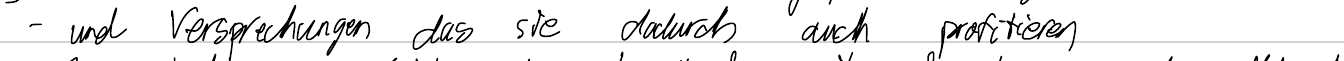
- und Versprechungen das sie dadurch auch profitieren